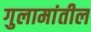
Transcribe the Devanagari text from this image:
गुलामांतील